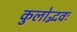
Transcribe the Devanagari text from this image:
कुलोद्भवः